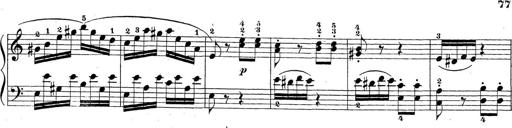
Title: Sonatina Album
Composer: Louis KÃ¶hler